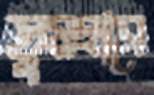
তুমহারে